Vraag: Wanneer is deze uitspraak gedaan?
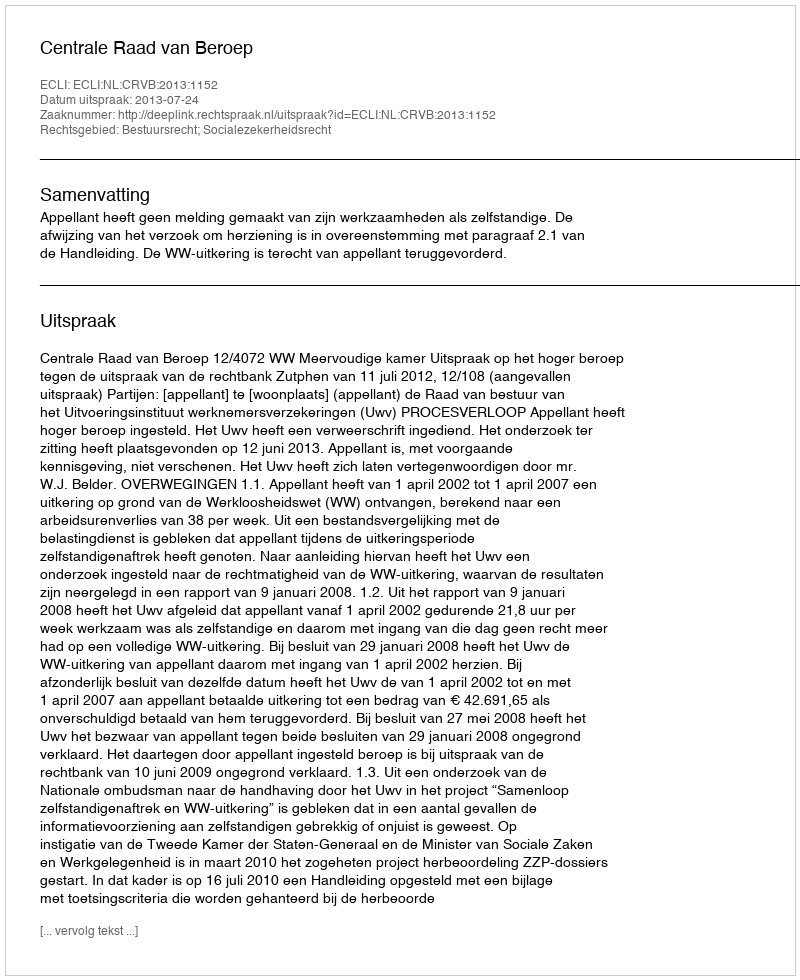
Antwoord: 2013-07-24